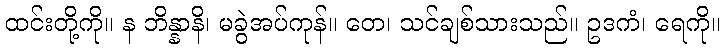
ထင်းတို့ကို။ န ဘိန္နာနိ၊ မခွဲအပ်ကုန်။ တေ၊ သင်ချစ်သားသည်။ ဥဒကံ၊ ရေကို။